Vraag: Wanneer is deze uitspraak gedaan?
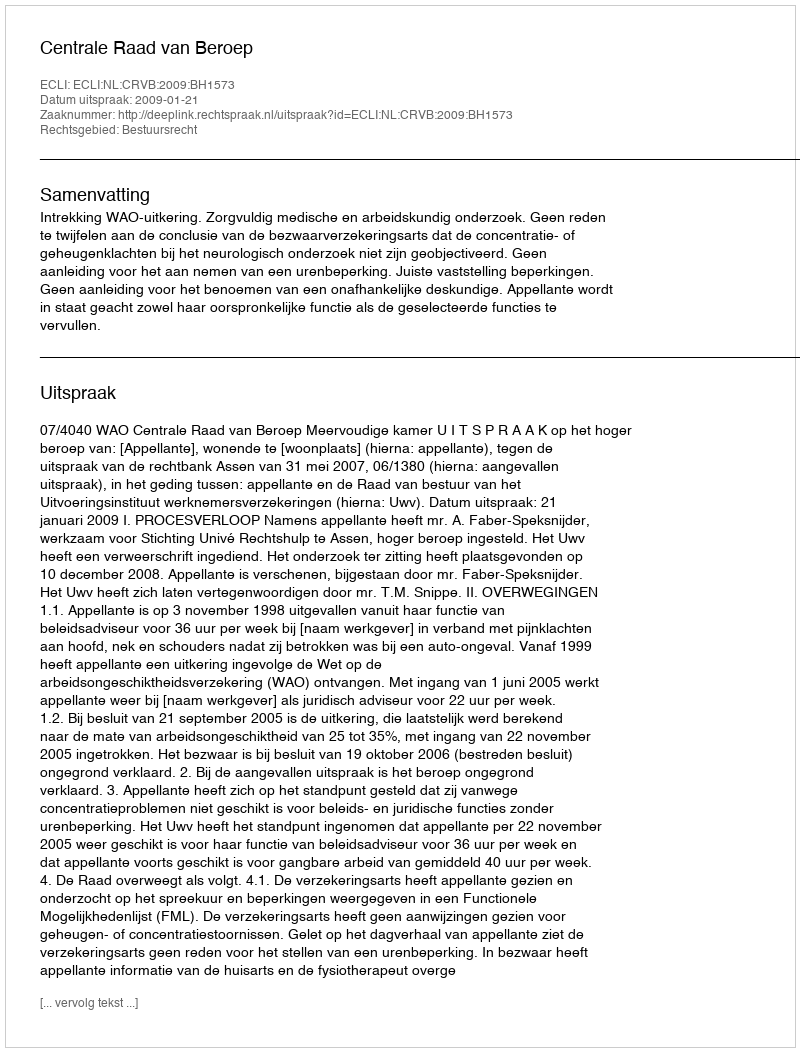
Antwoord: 2009-01-21